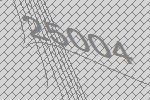
25004